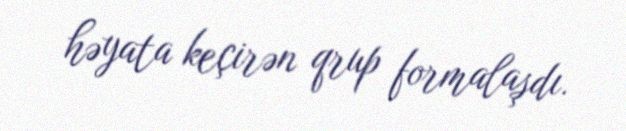
həyata keçirən qrup formalaşdı.